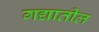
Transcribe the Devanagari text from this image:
गद्यातील